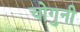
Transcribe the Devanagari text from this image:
चोगुनी